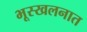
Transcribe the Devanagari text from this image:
भूस्खलनात